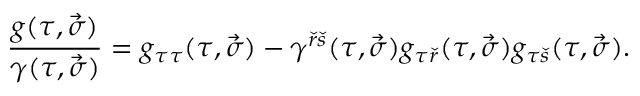
{ \frac { g ( \tau , \vec { \sigma } ) } { \gamma ( \tau , \vec { \sigma } ) } } = g _ { \tau \tau } ( \tau , \vec { \sigma } ) - \gamma ^ { { \check { r } } { \check { s } } } ( \tau , \vec { \sigma } ) g _ { \tau { \check { r } } } ( \tau , \vec { \sigma } ) g _ { \tau { \check { s } } } ( \tau , \vec { \sigma } ) .